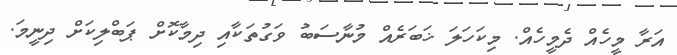
އަރާ މީހެއް ދެމީހެއް. މިކަހަލަ ޚަބަރެއް މުނާސަބު ވަގުތަކާއި ދިމާކޮށް ޕަބްލިކަށް ދިނީމަ.